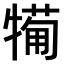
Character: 𤛟